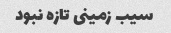
سیب زمینی تازه نبود